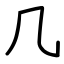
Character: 几